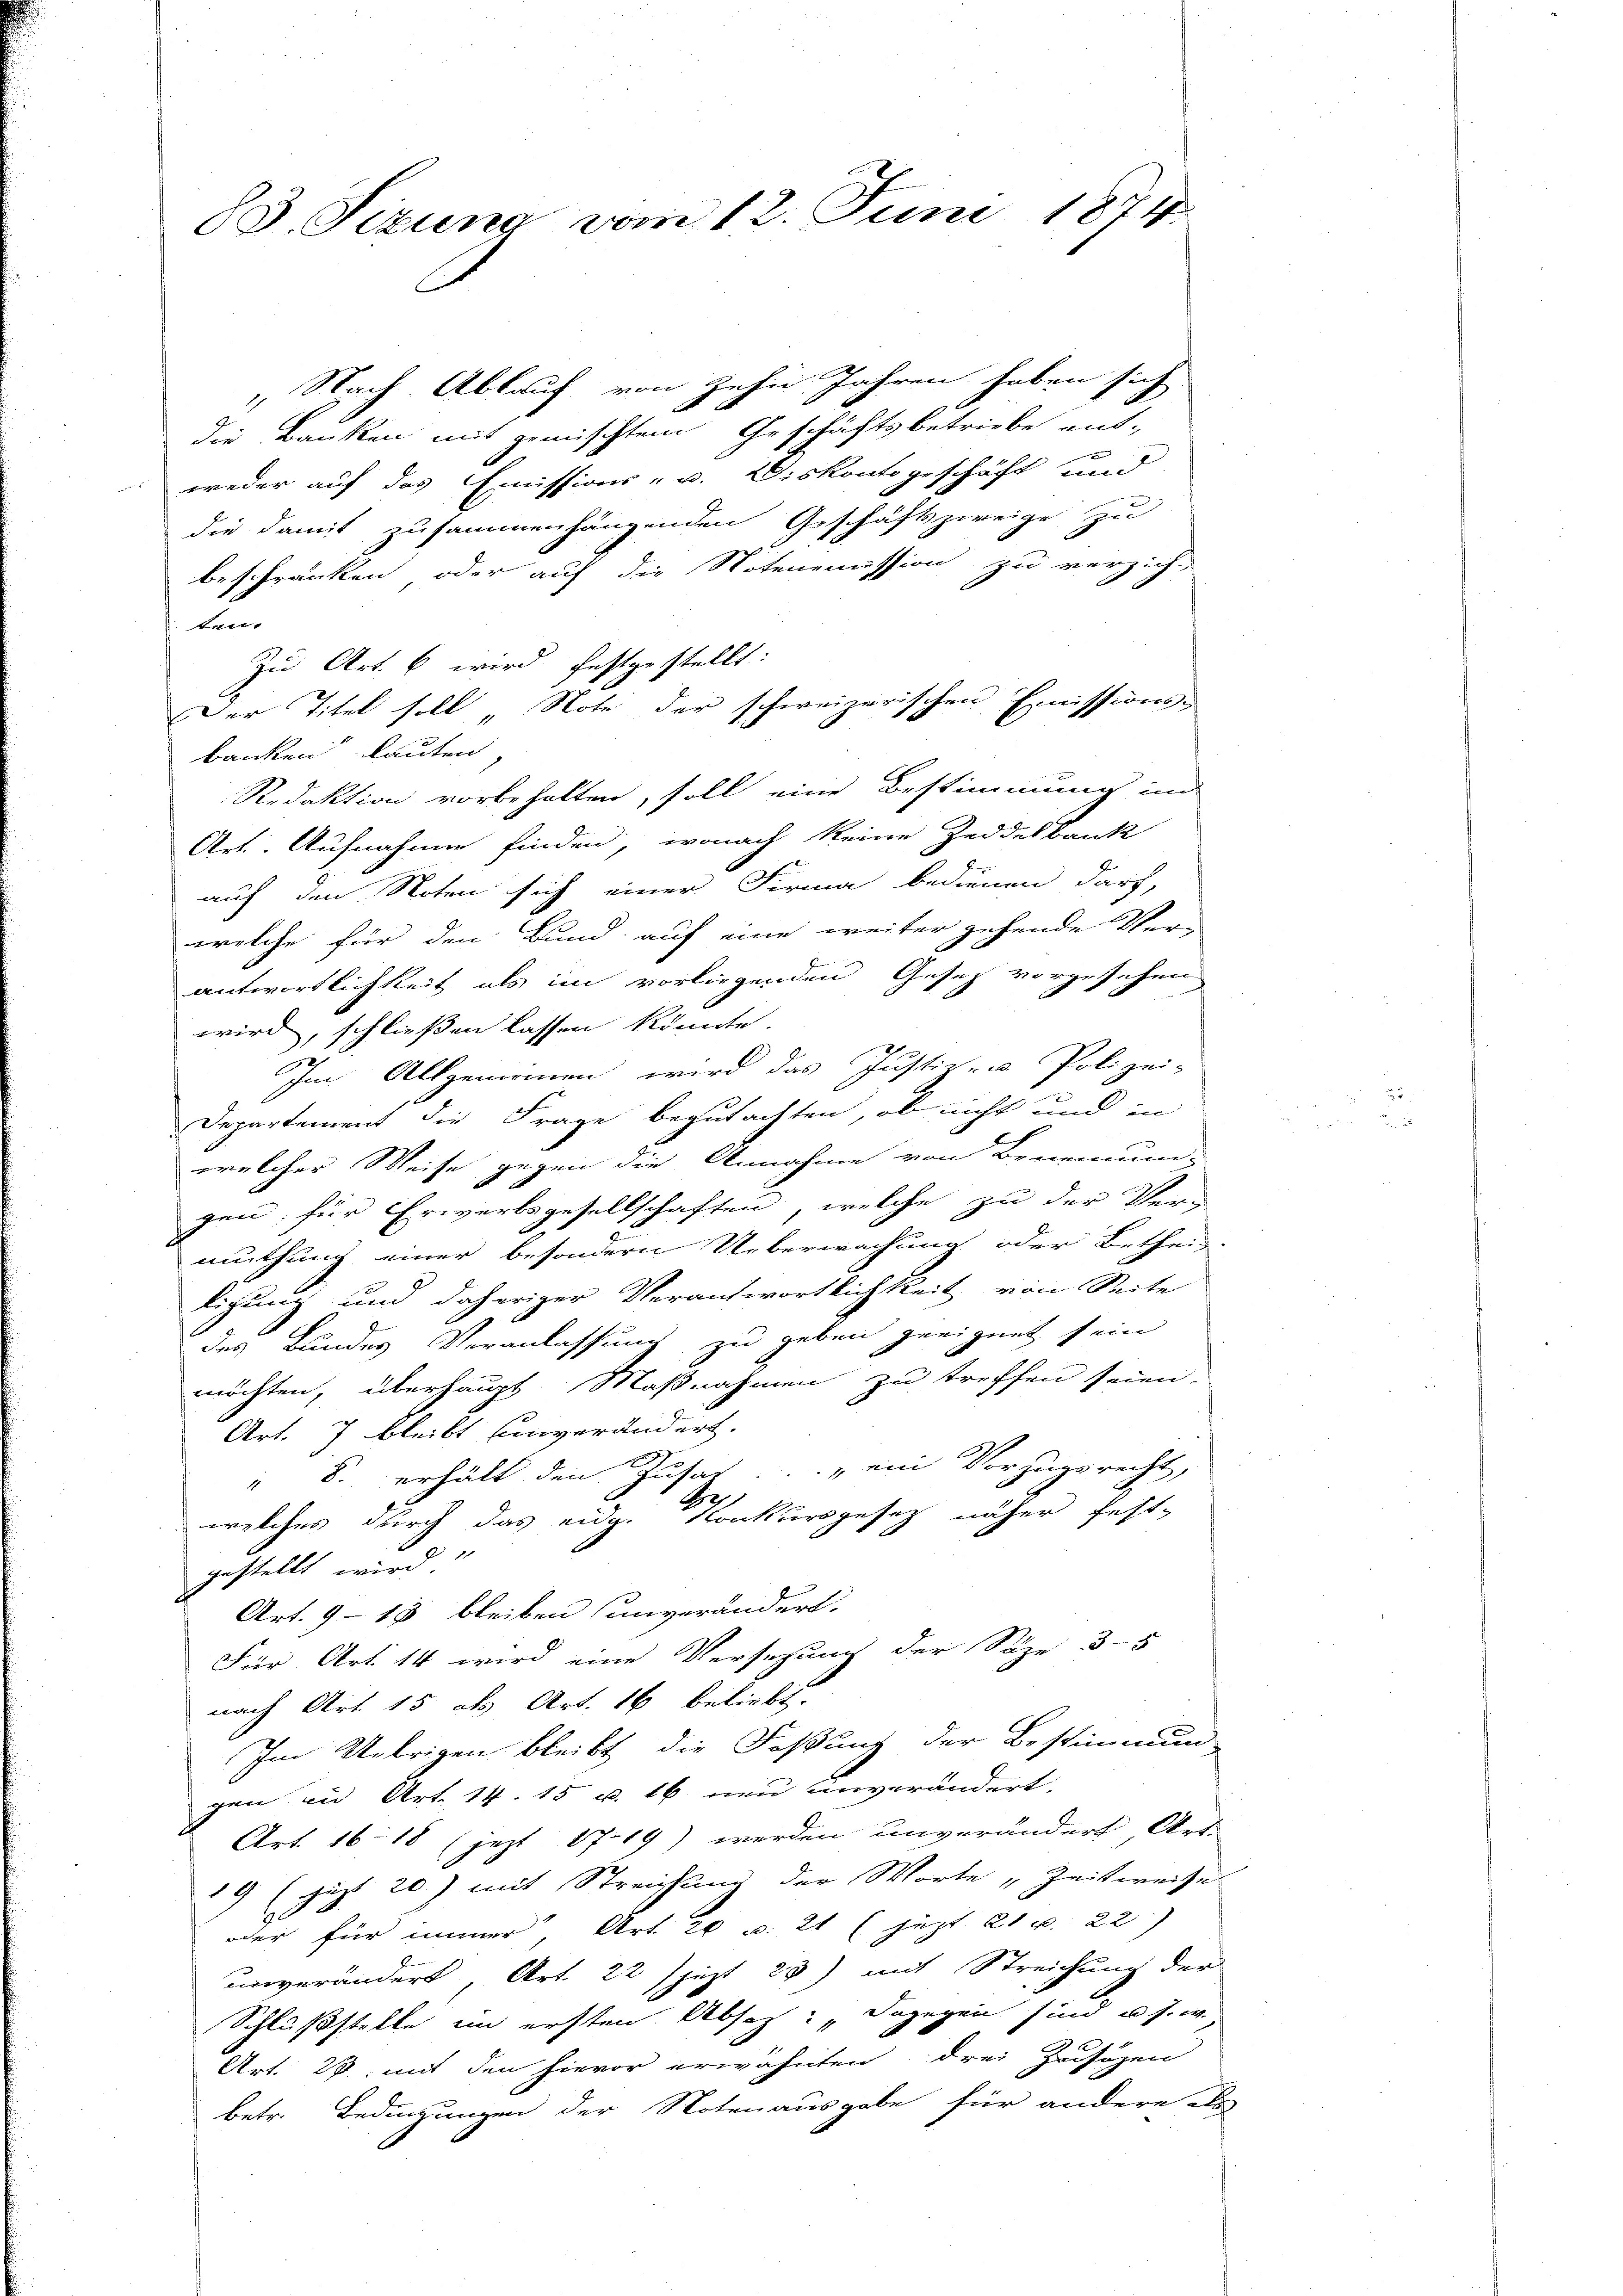
83. Sizung vom 12. Juni 1874

Nach Ablauf von zehn Jahren haben sich
die Banken mit gemischtem Geschäftsbetriebe ent-
.
weder auf das Emissions- u. Diskontogeschäft und
die damit zusammenhängenden Geschäftszweige zu
beschränken, oder auf die Notenemission zu verzich-
ten.
Zu Art. 6 wird festgestellt:
Der Titel soll Note der schweizerischen Emissions-
banken lauten,
Redaktion vorbehalten, soll eine Bestimmung ind
Art. Aufnahme finden, wonach keine Zeddelbank
auf den Noten sich einer Firma bedienen darf,
welche für den Bund auf eine weiter gehende Ver-
antwortlichkeit, als im vorliegenden Gesetz vorgesehen
wird, schließen lassen könnte.
Im Allgemeinen wird das Justiz- u Polizei-
Departement die Frage begutachten, ob nicht und in
welcher Weise gegen die Annahme von Benennung-
gen, für Erwärtsgesellschaften, welche zu der Vermuthung einer besondern Ueberwachung oder Bethei-
lichung und daheriger Verantwortlichkeit von Seite
des Bundes Veranlassung zu geben geeignet sein
möchten, überhaupt. Maßnahmen zu treffen seien.
Art. 7 bleibt Einverändert.
" 8. erhält den Zusat... „ein Vorzugsrecht,
Se
welches durch das eidg. Konkursgesetz näher festgestellt wird.
Art. 918 bleiben unverändert.
Für Art. 14 wird eine Versetzung der Söze 3-5
nach Art. 15 als Art. 16 beliebt.
Im Uebrigen bleibt die Faßung der Bestimmun-
gen und Art. 14. 15 u. 16 neu unverändert.
Art. 16. 18 (jezt 1719) werden unverändert, Art.
19 (zugt 20) mit Streichung der Worte „Zeitweise
.
oder für immer, Art. 26 u. 21 ( jezt 21 p. 22)
unverändert, Art. 22 jezt 25) mit Streichung der
Schlußstelle in ersten Absaz: dagegen sind u. s. w.
Art. 28. mit den hievor erwähnten drei Zusözen
betr. Bedingungen der Notenausgabe für andere als